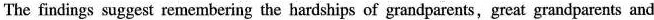
The findings suggest remembering the hardships of grandparents,great grandparents and